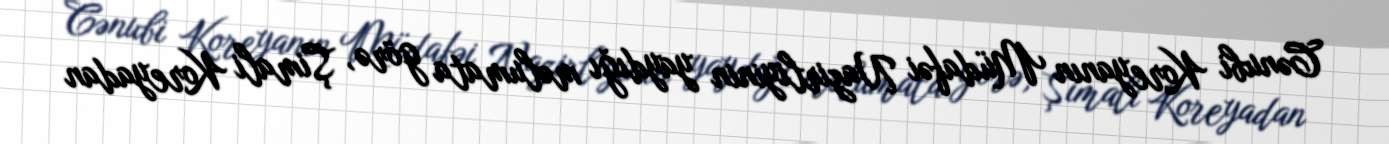
Cənubi Koreyanın Müdafəi Nazirliyinin yaydığı məlumata görə, Şimali Koreyadan